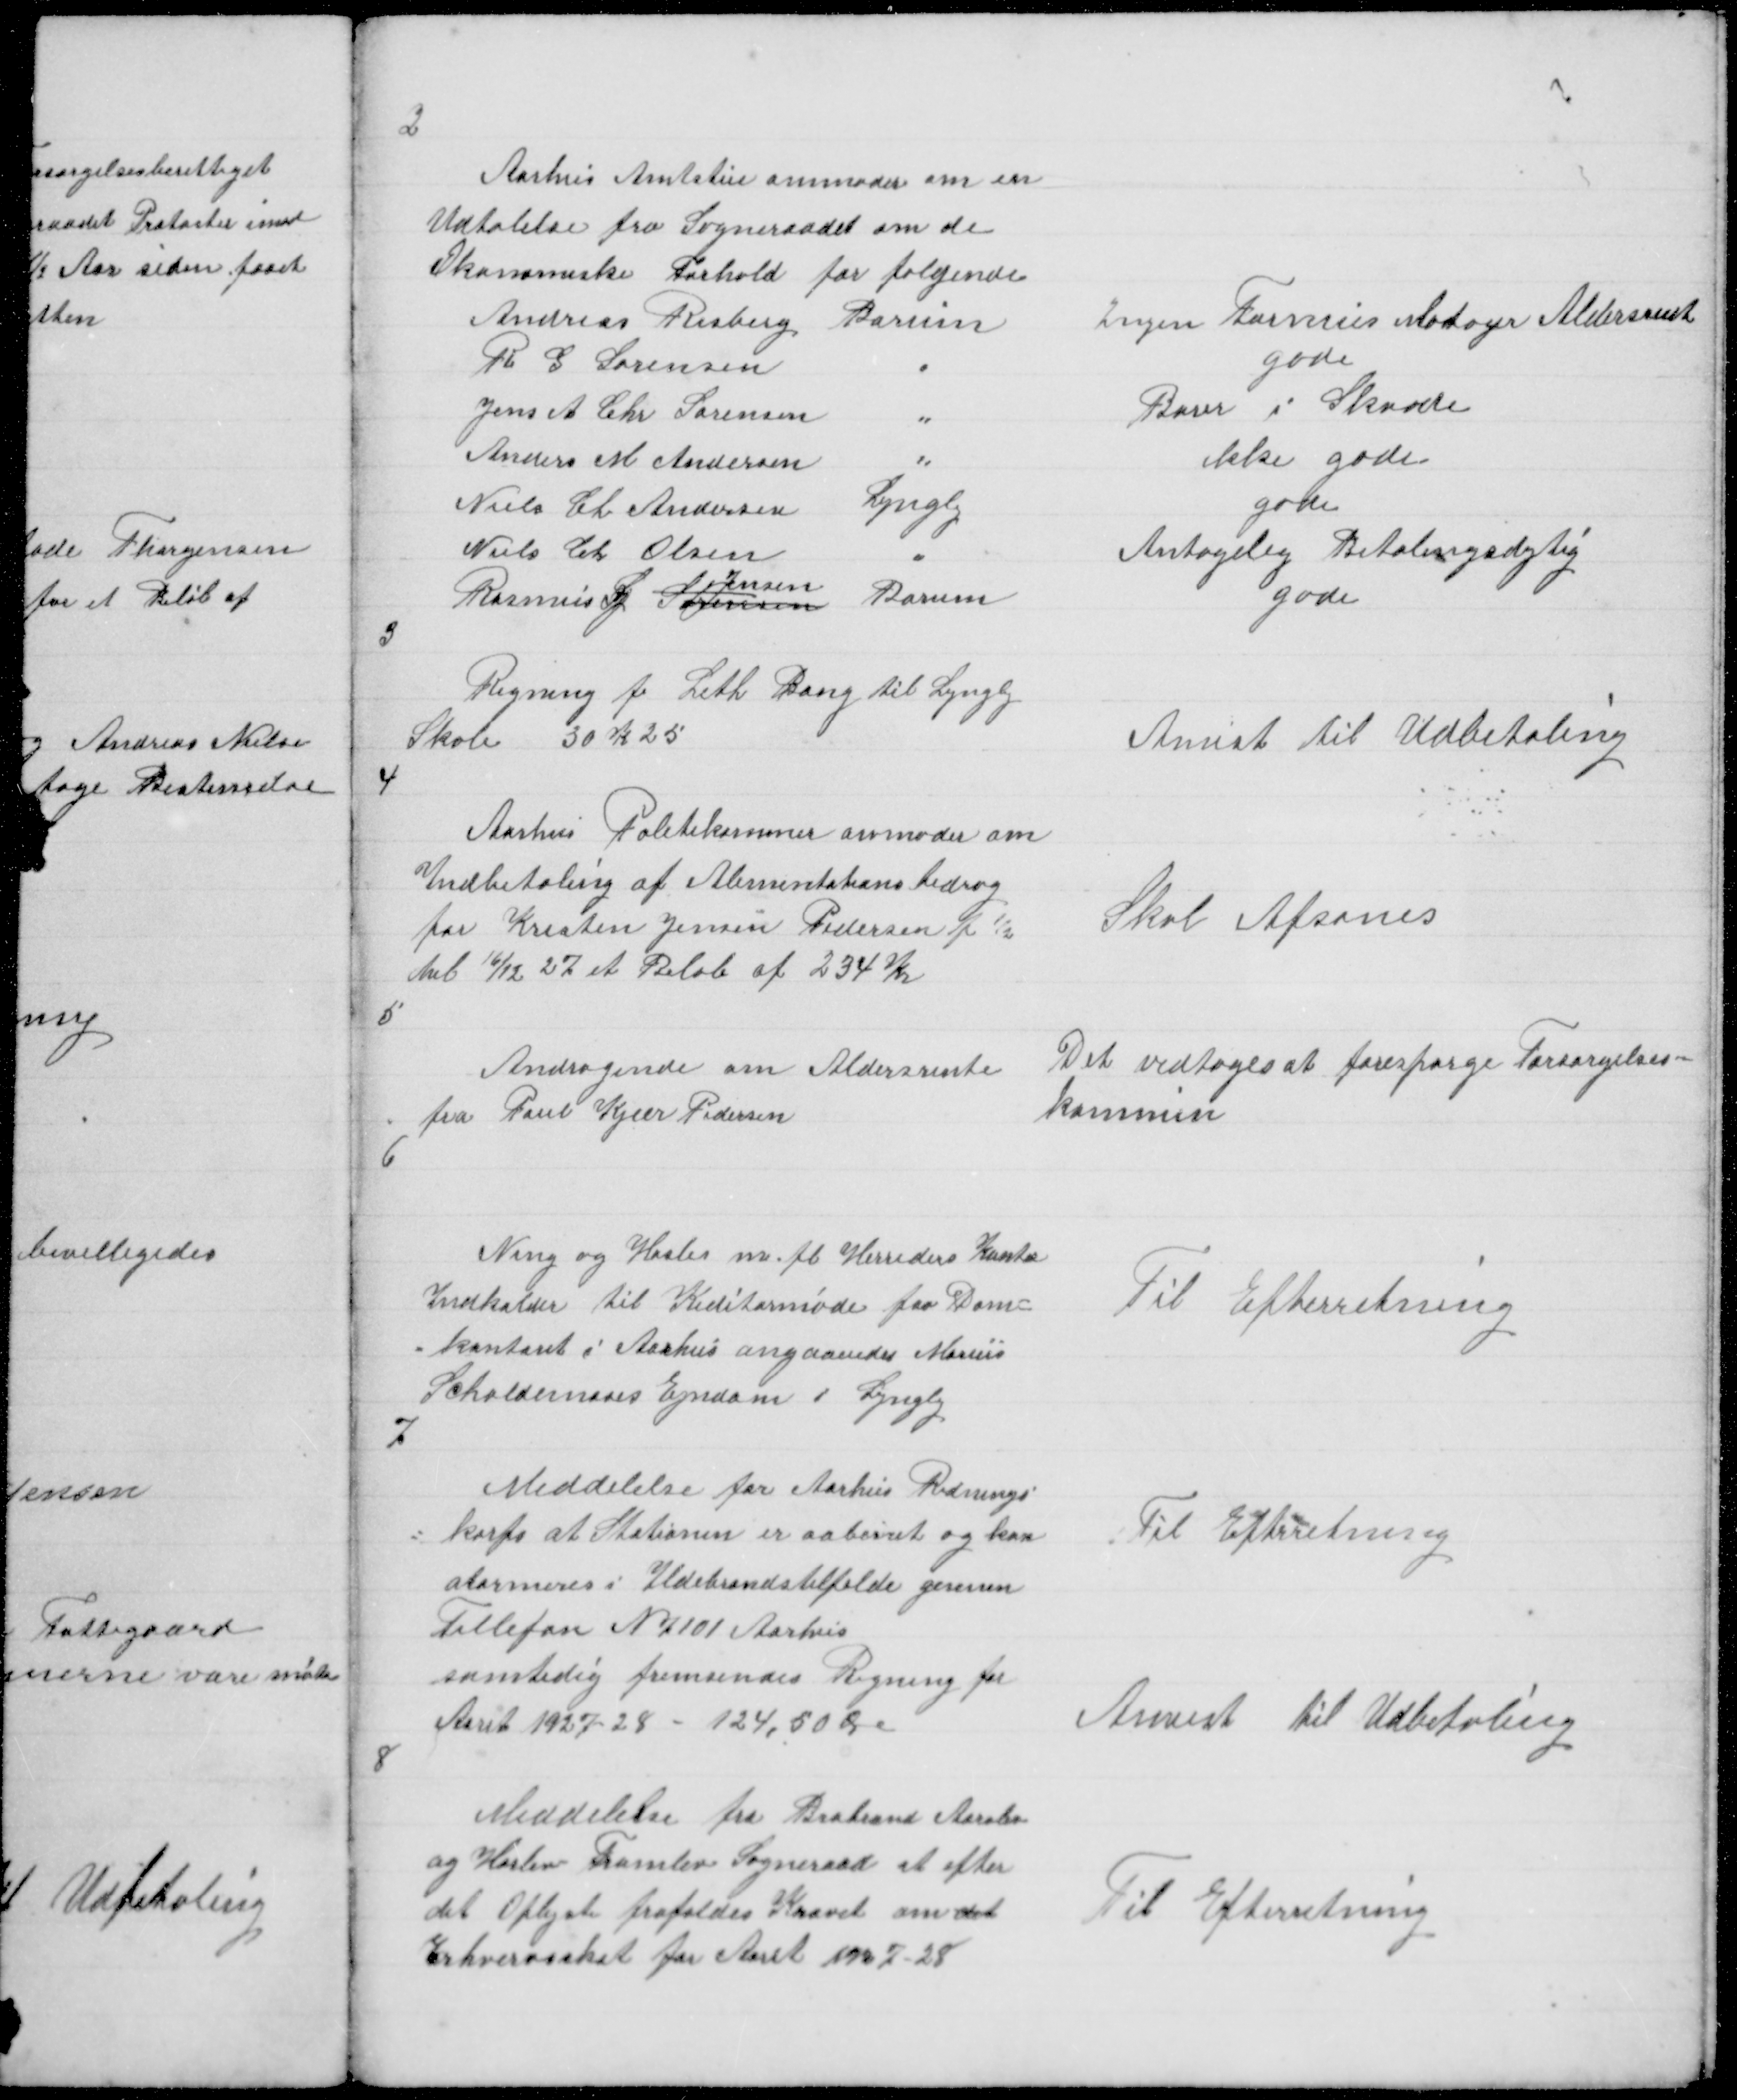
Transskription:
2

Aarhus Amtstue anmoder om en
Udtalelse fra Sogneraadet om de
Økonomiske Forhold for følgende
Andreas Risberg Borum
R G Sørensen
"
Jens A Chr Sørensen "
"
Anders M Andersen
"
Niels Ch Andersen Lyngby
Niels Ch Olsen
"
Jensen
Rasmus  Sørensen Borum

Ingen Formus Modtager Aldersrent
gode
B i Sk
ikke gode
gode
Antagelig Betalingsdytig
gode

3

Regning fr Leth Bang til Lyngby
Skole 30 K 25

Anvist til Udbetaling

4

Aarhus Politikammer anmoder om
Indbetaling af Alimentationsbidrag
for Kresten Jensen Pedersen f ½
til 16/12 27 et Beløb af 234 Kr

Skal Afsones

5

Andragende om Aldersrente
fra Poul Kjær Pedersen

Det vedtoges at forespørge Forsørgelses =
kommun

6

Ning og Hasles m. fl Herreders Kontor
Indkalder til Kreditormøde paa Dom =
= kontoret i Aarhus angaaendes Marius
Schaldemoses Ejndom i Lyngby
7

Til Efterretning

Meddelelse for Aarhus Rednings =
= korps at Stationen er aabent og kan
alarmeres i Ildebrandstilfælde gennem
Tellefon N 7101 Aarhus
samtidig fremsendes Regning for
Aaret 1927 - 28 - 124,50 Øre

Til Efterretning

Anvist til Udbetaling

8

Meddelelse fra Brabrand Aarslev
og Harlev Framlev Sogneraad at efter
det Oplyste frafaldes Kravet om det
Erhvervsskat for Aaret 1927 -28

Til Efterretning